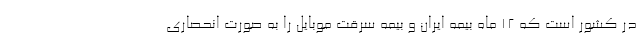
در کشور است که 12 ماه بیمه ایران و بیمه سرقت موبایل را به صورت انحصاری